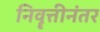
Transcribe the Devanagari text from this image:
निवॄत्तीनंतर